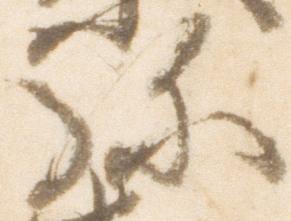
弥